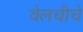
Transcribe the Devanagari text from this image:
वेलचीचे